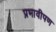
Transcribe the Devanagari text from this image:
प्रभावीपण